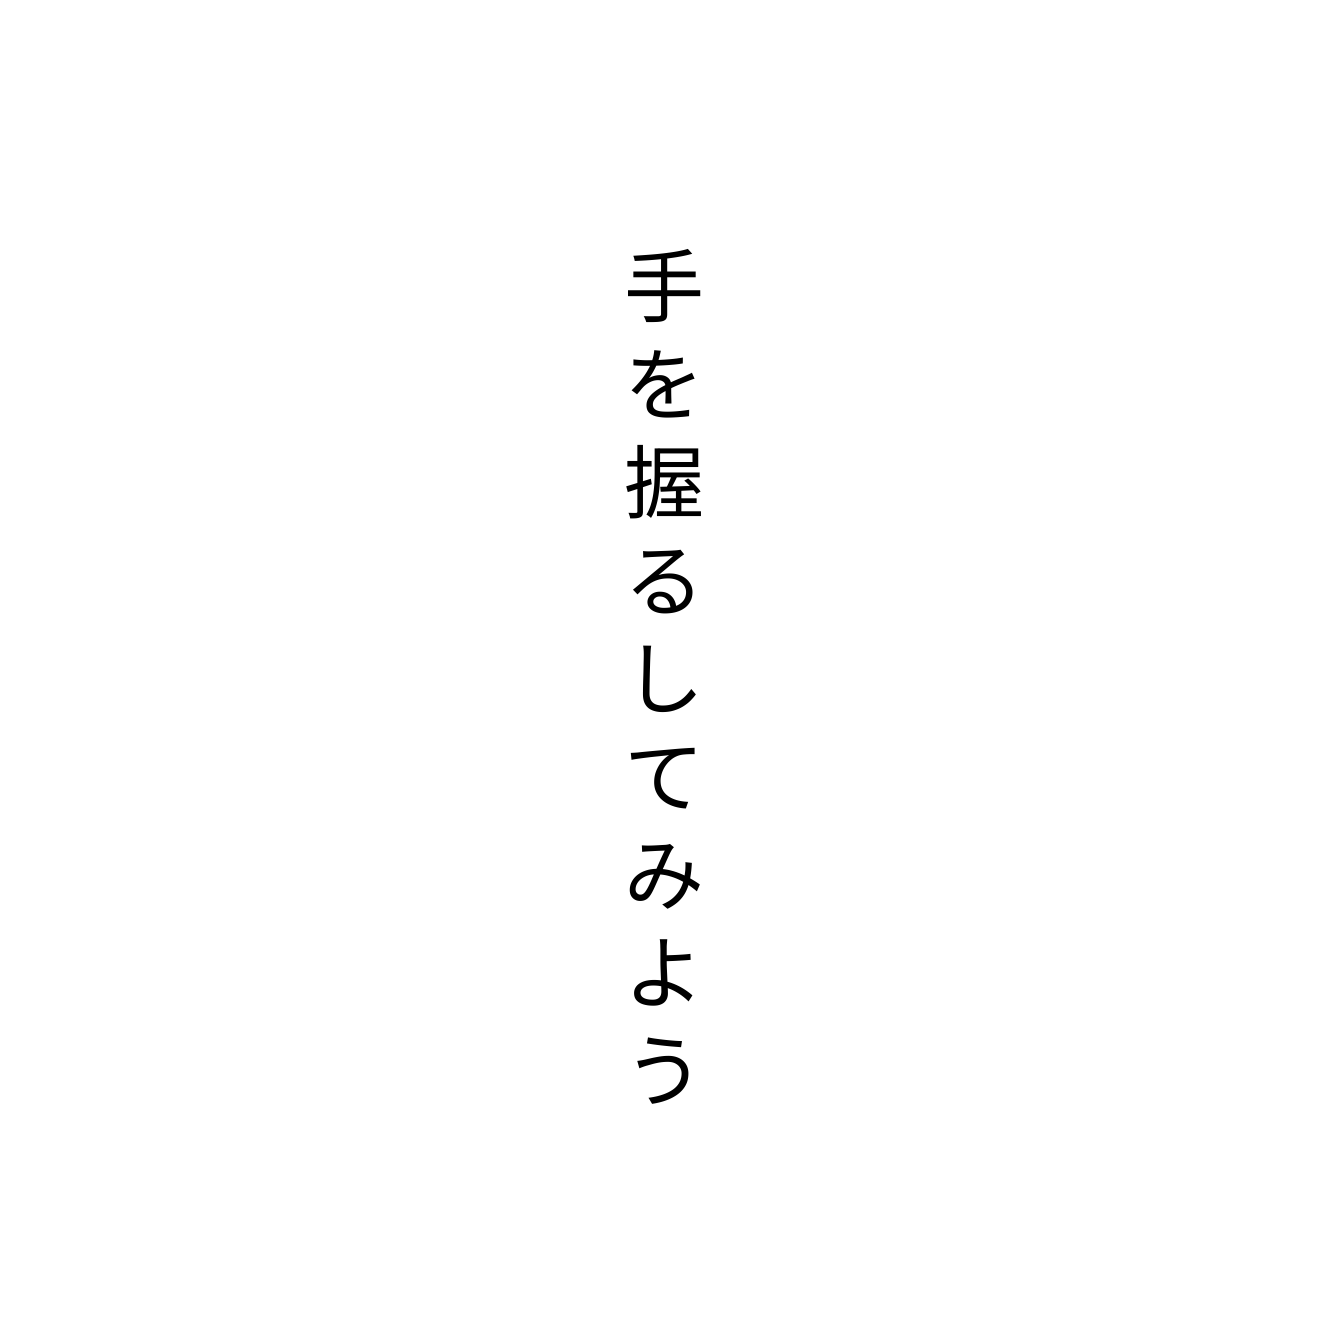
手を握るしてみよう